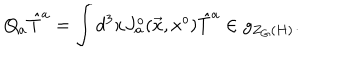
Q _ { a } { \hat { T } } ^ { a } = \int d ^ { 3 } x J _ { a } ^ { o } ( \vec { x } , x ^ { o } ) { \hat { T } } ^ { a } \in g _ { Z _ { G } ( H ) } .